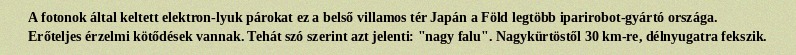
A fotonok által keltett elektron-lyuk párokat ez a belső villamos tér Japán a Föld legtöbb iparirobot-gyártó országa. Erőteljes érzelmi kötődések vannak. Tehát szó szerint azt jelenti: "nagy falu". Nagykürtöstől 30 km-re, délnyugatra fekszik.